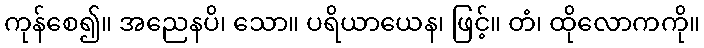
ကုန်စေ၍။ အညေနပိ၊ သော။ ပရိယာယေန၊ ဖြင့်။ တံ၊ ထိုလောကကို။